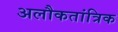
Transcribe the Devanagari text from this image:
अलौकतांत्रिक